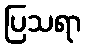
ပြသရာ